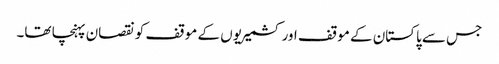
جس سے پاکستان کے موقف اور کشمیریوں کے موقف کو نقصان پہنچا تھا۔